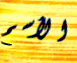
الأسم